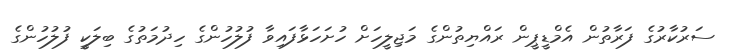
ސަރުކާރުގެ ފަރާތުން އެމްޑީޕީން ރައްޔިތުންގެ މަޖިލީހަށް ހުށަހަޅާފައިވާ ފުލުހުންގެ ހިދުމަތުގެ ބިލަކީ ފުލުހުންގެ